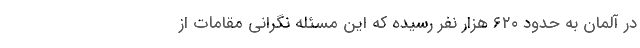
در آلمان به حدود ۶۲۰ هزار نفر رسیده که این مسئله نگرانی مقامات از